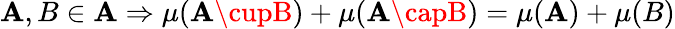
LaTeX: \mathbf{A},B\in{\mathcal{{\mathbf{A}}}}\Rightarrow\mu(\mathbf{A}\cupB)+\mu(\mathbf{A}\capB)=\mu(\mathbf{A})+\mu(B)